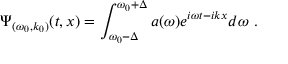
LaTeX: \Psi _ { ( \omega _ { 0 } , k _ { 0 } ) } ( t , x ) = \int _ { \omega _ { 0 } - \Delta } ^ { \omega _ { 0 } + \Delta } a ( \omega ) e ^ { i \omega t - i k x } d \omega ~ .